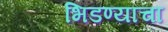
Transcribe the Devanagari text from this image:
भिडण्याचा